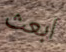
ابعث